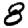
Digit: 8